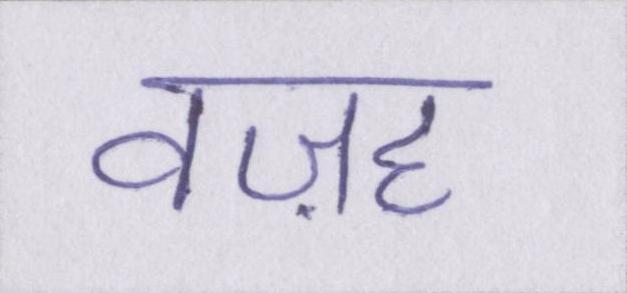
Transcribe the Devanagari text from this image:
वज़ह